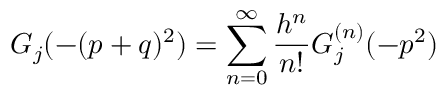
G _ { j } ( - ( p + q ) ^ { 2 } ) = \sum _ { n = 0 } ^ { \infty } { \frac { h ^ { n } } { n ! } } G _ { j } ^ { ( n ) } ( - p ^ { 2 } )